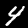
Digit: 4